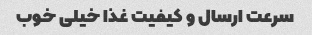
سرعت ارسال و کیفیت غذا خیلی خوب